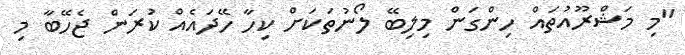
"މި މަޝްރޫއުތައް ހިންގަން މިލިބޭ ލޯނުތަކަށް ކިހާ ހޭދައެއް ކުރަން ޖެހޭބާ މި